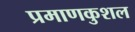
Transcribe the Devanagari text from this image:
प्रमाणकुशल